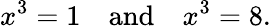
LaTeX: x^{3}=1\quad{\mathrm{and}}\quad x^{3}=8.